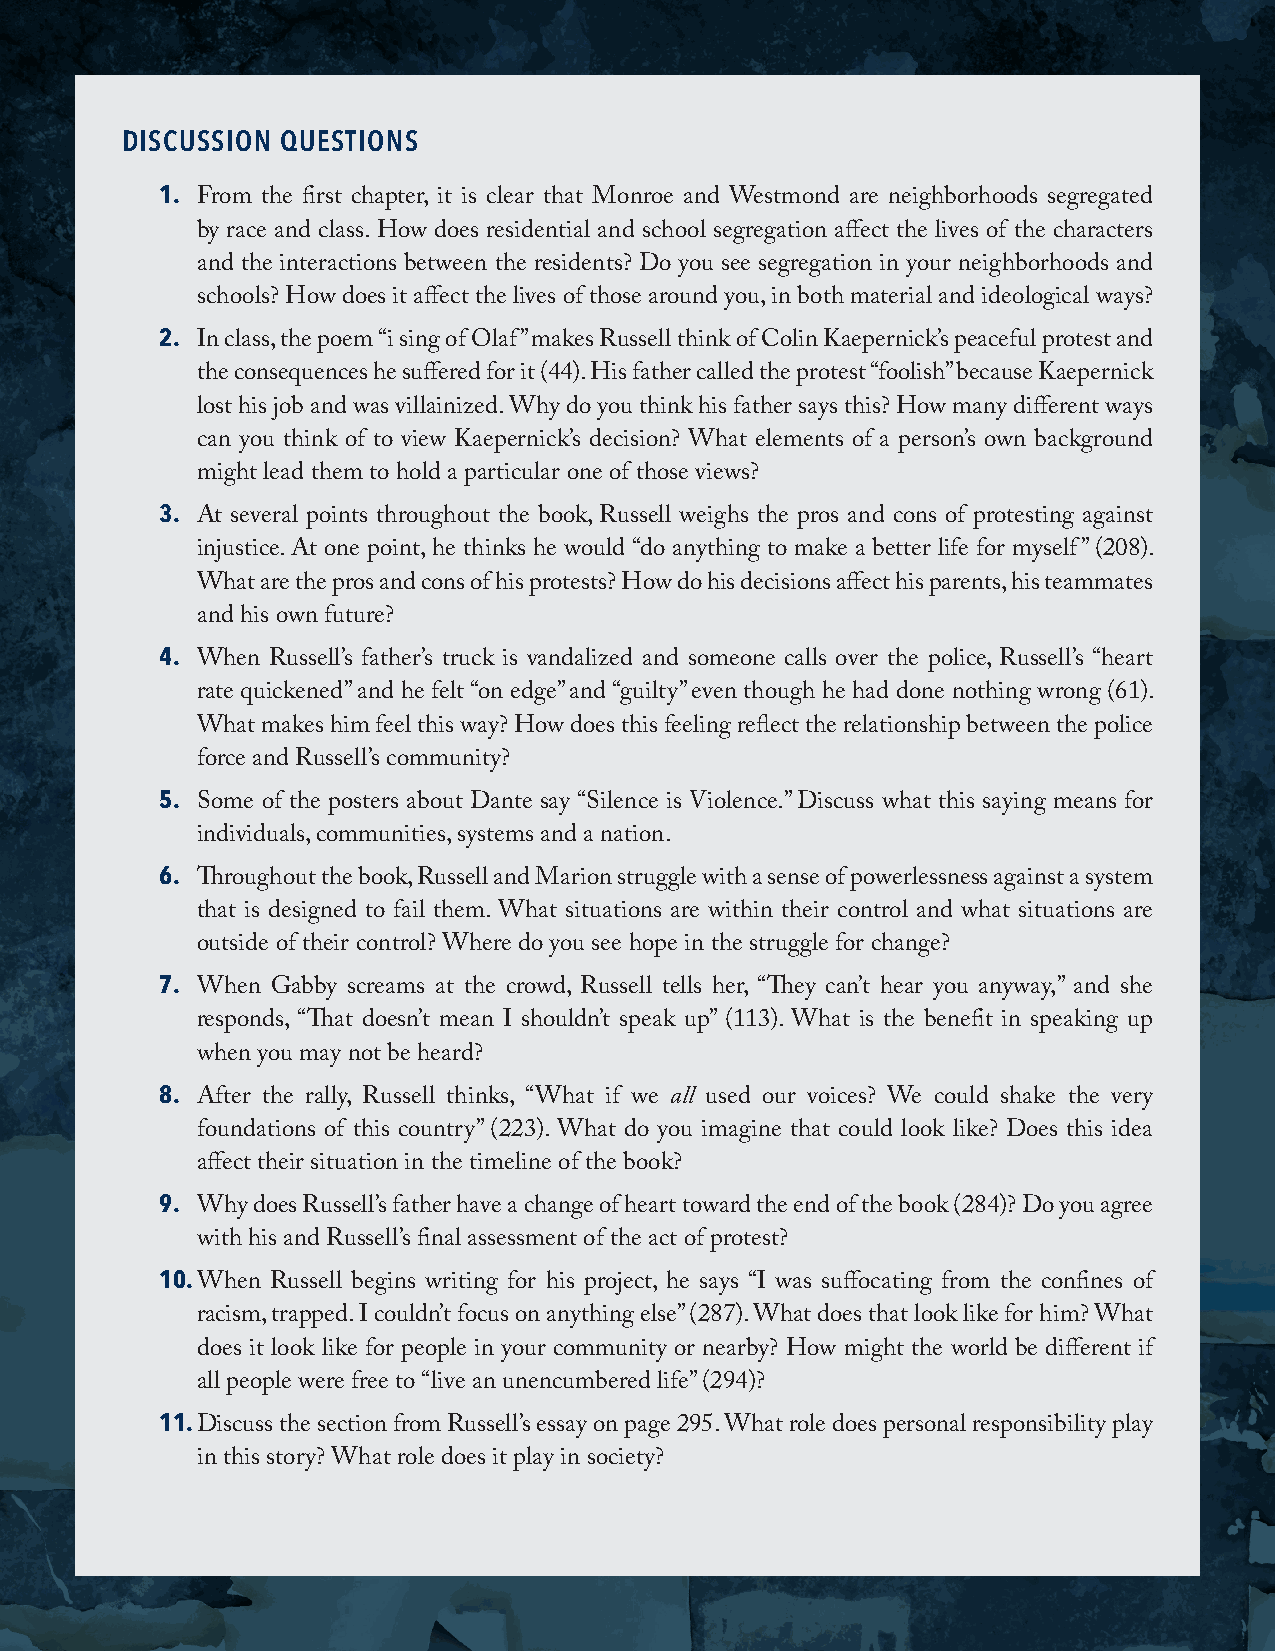
DISCUSSION QUESTIONS
 1.
 From the first chapter, it is clear that Monroe and Westmond are neighborhoods segregated
 by race and class. How does residential and school segregation affect the lives of the characters
 and the interactions between the residents? Do you see segregation in your neighborhoods and
 schools? How does it affect the lives of those around you, in both material and ideological ways?
 2.
 In class, the poem “i sing of Olaf” makes Russell think of Colin Kaepernick’s peaceful protest and
 the consequences he suffered for it (44). His father called the protest “foolish” because Kaepernick
 lost his job and was villainized. Why do you think his father says this? How many different ways
 can you think of to view Kaepernick’s decision? What elements of a person’s own background
 might lead them to hold a particular one of those views?
 3.
 At several points throughout the book, Russell weighs the pros and cons of protesting against
 injustice. At one point, he thinks he would “do anything to make a better life for myself” (208).
 What are the pros and cons of his protests? How do his decisions affect his parents, his teammates
 and his own future?
 4.
 When Russell’s father’s truck is vandalized and someone calls over the police, Russell’s “heart
 rate quickened” and he felt “on edge” and “guilty” even though he had done nothing wrong (61).
 What makes him feel this way? How does this feeling reflect the relationship between the police
 force and Russell’s community?
 5.
 Some of the posters about Dante say “Silence is Violence.” Discuss what this saying means for
 individuals, communities, systems and a nation.
 6.
 Throughout the book, Russell and Marion struggle with a sense of powerlessness against a system
 that is designed to fail them. What situations are within their control and what situations are
 outside of their control? Where do you see hope in the struggle for change?
 7.
 When Gabby screams at the crowd, Russell tells her, “They can’t hear you anyway,” and she
 responds, “That doesn’t mean I shouldn’t speak up” (113). What is the benefit in speaking up
 when you may not be heard?
 8.
 After the rally, Russell thinks, “What if we all used our voices? We could shake the very
 foundations of this country” (223). What do you imagine that could look like? Does this idea
 affect their situation in the timeline of the book?
 9.
 Why does Russell’s father have a change of heart toward the end of the book (284)? Do you agree
 with his and Russell’s final assessment of the act of protest?
 10.
 When Russell begins writing for his project, he says “I was suffocating from the confines of
 racism, trapped. I couldn’t focus on anything else” (287). What does that look like for him? What
 does it look like for people in your community or nearby? How might the world be different if
 all people were free to “live an unencumbered life” (294)?
 11.
 Discuss the section from Russell’s essay on page 295. What role does personal responsibility play
 in this story? What role does it play in society?